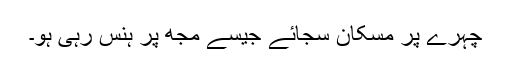
چہرے پر مسکان سجائے جیسے مجھ پر ہنس رہی ہو۔